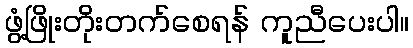
ဖွံ့ဖြိုးတိုးတက်စေရန် ကူညီပေးပါ။